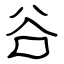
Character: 谷